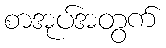
စာအုပ်အတွက်